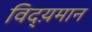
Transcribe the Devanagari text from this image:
विद्य़मान